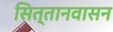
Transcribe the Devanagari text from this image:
सित्तानवासन